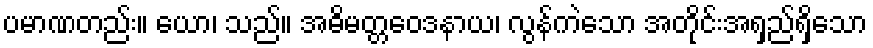
ပမာဏတည်း။ ယော၊ သည်။ အဓိမတ္တဝေဒနာယ၊ လွန်ကဲသော အတိုင်းအရှည်ရှိသော